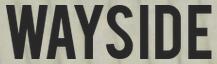
WAYSIDE